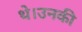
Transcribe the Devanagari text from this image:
थे।उनकी